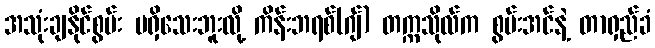
အသုံးချနိုင်စွမ်း မရှိသေးဘူးလို့ ကိန်းဘရစ်(ဂျ်) တက္ကသိုလ်က စွမ်းအင်နဲ့ တာရှည်ခံ